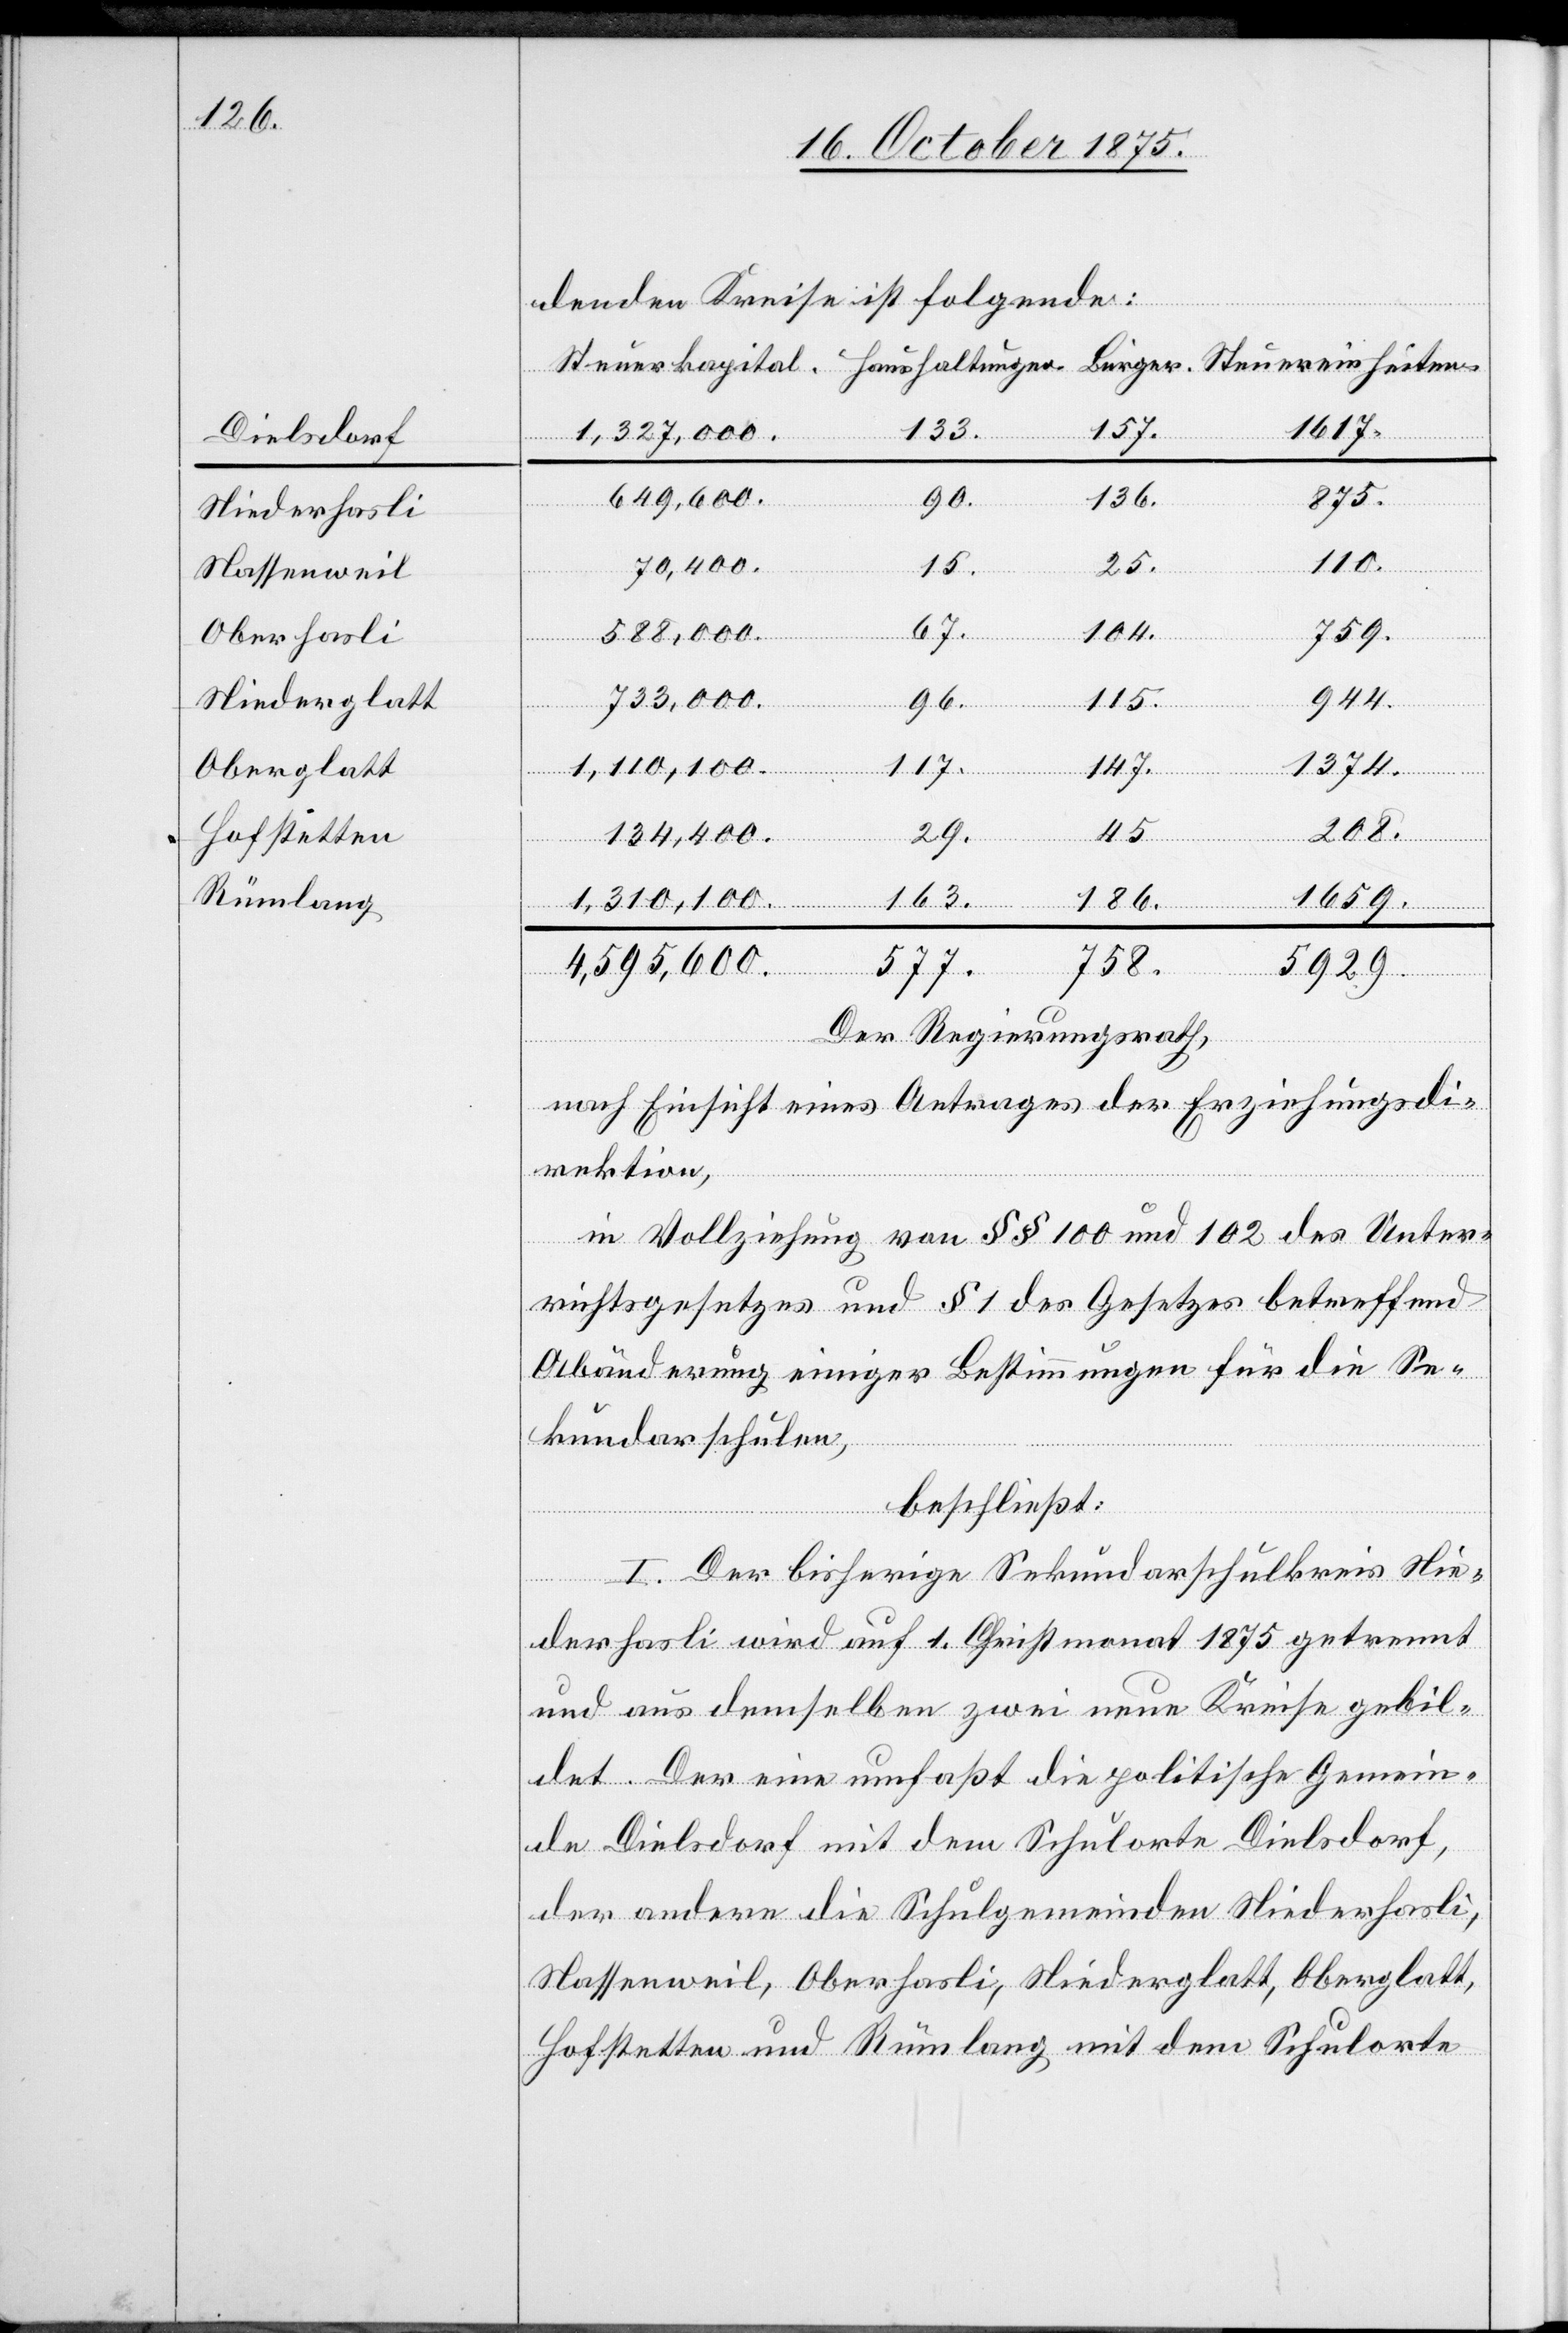
Dielsdorf
Niederhasli
Nassenweil
Oberhasli
Niederglatt
Oberglatt
Hofstätten
Rümlang

denden Kreise ist folgende:
1617.
133.
157.
1,327,000.
649,600.
875.
136.
90.
163.
70,400.
25.
15.
67.
104.
759.
588,000.
944.
Bürger.
115.
733,000.
96.
117.
1374.
147.
1,310,100.
208.
45.
Steuereinheiten.
134,400.
29.
1659.
186.
758.
4,595,600.
577.
5929.
Der Regierungsrath,
nach Einsicht eines Antrages der Erziehungsdi¬
rektion,
in Vollziehung von §§ 100 und 102 des Unter¬
richtsgesetzes und § 1 des Gesetzes betreffend
Abänderung einiger Bestimmungen für die Se¬
kundarschulen,
beschließt:
I. Der bisherige Sekundaschulkreis Nie¬
derhasli wird auf 1. Christmonat 1875 getrennt
und aus demselben zwei neue Kreise gebil¬
det. Der eine umfaßt die politische Gemein¬
de Dielsdorf mit dem Schulorte Dielsdorf,
der andere die Schulgemeinden Niederhasli,
Nassenweil, Oberhasli, Niederglatt, Oberglatt,
Hofstetten und Rümlang mit dem Schulorte